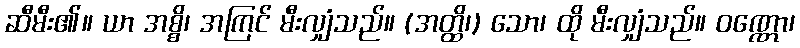
ဆီမီး၏။ ယာ အစ္စိ၊ အကြင် မီးလျှံသည်။ (အတ္ထိ၊) သော၊ ထို မီးလျှံသည်။ ဝဏ္ဏော၊